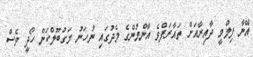
އޭނާ ފިލްމީ ދާއިރާއަށް ތައާރަފްވެ އާންމުންގެ މެދުގައި ނުހަނު މަގުބޫލްކަން ހޯދީ ވެސް